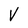
Character: V